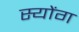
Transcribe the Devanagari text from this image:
स्योंग